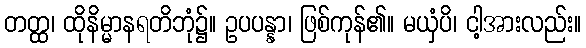
တတ္ထ၊ ထိုနိမ္မာနရတိဘုံ၌။ ဥပပန္နာ၊ ဖြစ်ကုန်၏။ မယှံပိ၊ ငါ့အားလည်း။